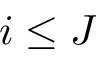
i \le J